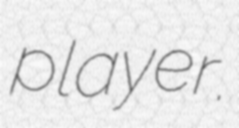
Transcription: player.